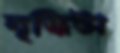
বৃদ্ধিটা